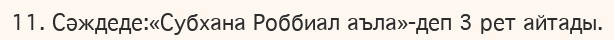
11. Сәждеде:«Субхана Роббиал аъла»-деп 3 рет айтады.